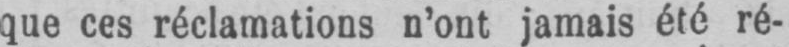
que ces réclamations n’ont jamais été ré-